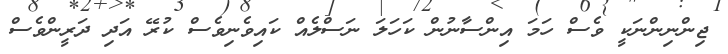
ޖިންނިންނަކީ ވެސް ހަމަ އިންސާނުން ކަހަލަ ނަސްލެއް ކައިވެނިވެސް ކުރޭ އަދި ދަރީންވެސް